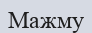
Мажму